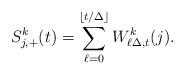
LaTeX: \begin{align*} S_{j,+}^k(t) = \sum_{\ell=0}^{\lfloor t/\Delta\rfloor} W^k_{\ell\Delta,t}(j).\end{align*}